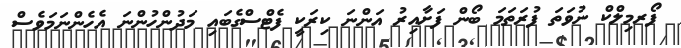
ފޯރމިލްކް ނުވަތަ ފުރަތަމަ ބޯން ފަށާއިރު އަންނަ ކިރަކީ ފެޓްސްގެބައި މަދުންހުންނަ އެހެންނަމަވެސް